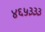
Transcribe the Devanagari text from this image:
४६५३३३